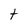
Character: S